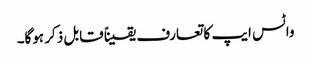
واٹس ایپ کا تعارف یقیناً قابل ذکر ہوگا۔